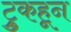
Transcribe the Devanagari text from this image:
ट्रुकहून